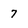
Character: 7